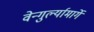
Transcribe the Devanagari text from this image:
वेन्गुर्ल्यामार्गे